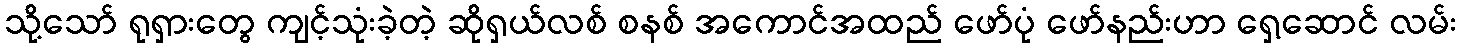
သို့သော် ရုရှားတွေ ကျင့်သုံးခဲ့တဲ့ ဆိုရှယ်လစ် စနစ် အကောင်အထည် ဖော်ပုံ ဖော်နည်းဟာ ရှေ့ဆောင် လမ်း